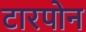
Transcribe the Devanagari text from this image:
टारपोन